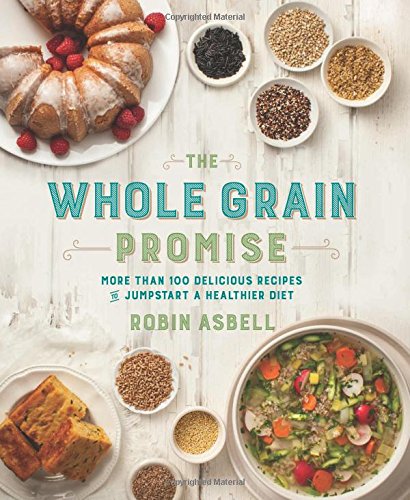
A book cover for The Whole Grain Promise: More Than 100 Recipes to Jumpstart a Healthier Diet; Robin Asbell; Cookbooks, Food & Wine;